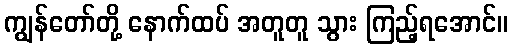
ကျွန်တော်တို့ နောက်ထပ် အတူတူ သွား ကြည့်ရအောင်။